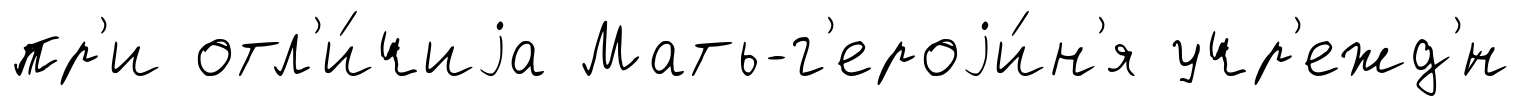
пр'и отл'и́чиjа Мать-г'ероjи́н'я учр'ежд'́н